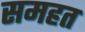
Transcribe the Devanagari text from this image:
समहत